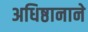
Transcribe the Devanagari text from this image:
अधिष्ठानाने